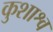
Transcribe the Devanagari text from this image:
कुशाश्व